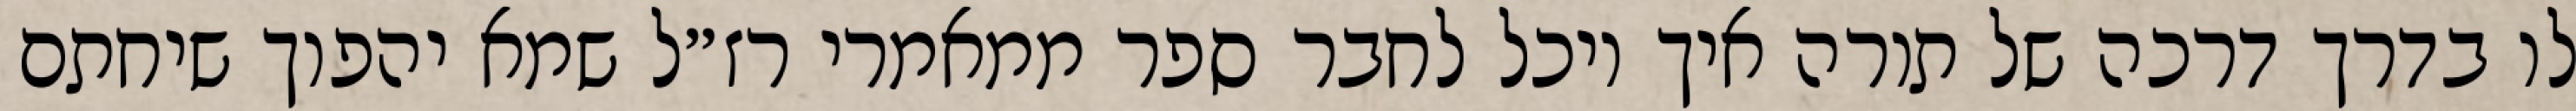
לו בדרך דרכה של תורה איך יוכל לחבר ספר ממאמרי רז״ל שמא יהפוך שיחתם